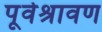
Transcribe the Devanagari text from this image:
पूर्वश्रावण